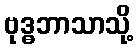
ဗုဒ္ဓဘာသာသို့